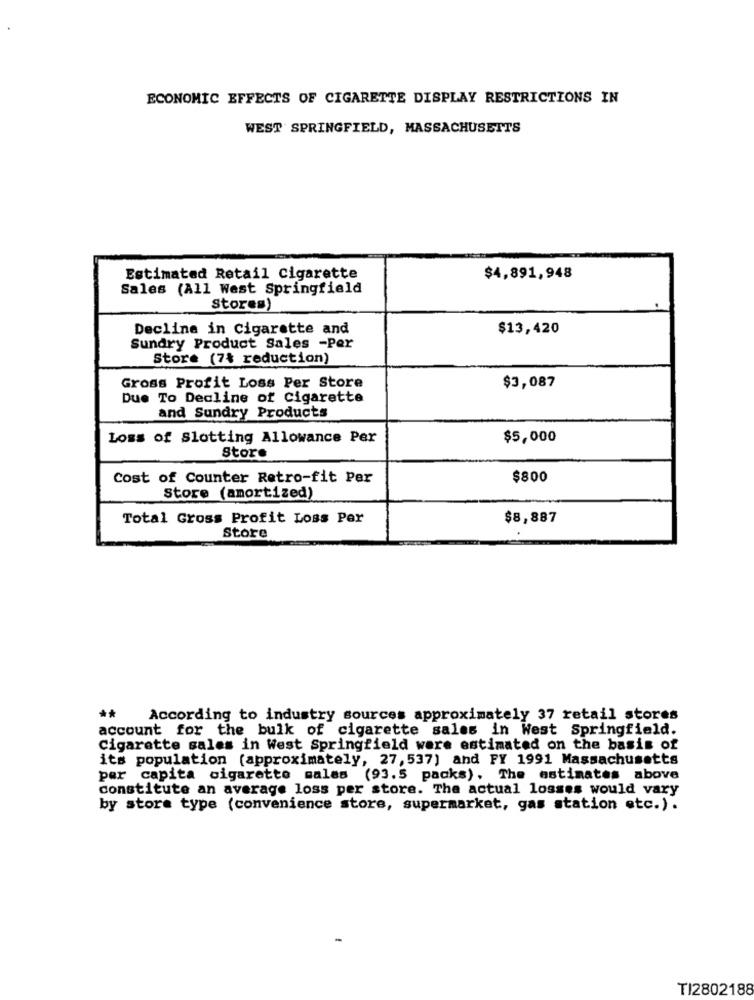
ECONOMIC EFFECTS OF CIGARETTE DISPLAY RESTRICTIONS IN
WEST SPRINGFIELD, MASSACHUSETTS
Estimated Retail Cigarette
$4,891,948
Sales (All West Springfield
Stores)
Decline in Cigarette and
$13,420
Sundry Product Sales -Per
Store (7% reduction)
Gross Profit Loss Per Store
$3,087
Due To Decline of Cigarette
and Sundry Products
Loss of Slotting Allowance Per
$5,000
Store
Cost of Counter Retro-fit Per
$800
Store (amortized)
Total Gross Profit Loss Per
$8,887
Store
**
According to industry sources approximately 37 retail stores
account for the bulk of cigarette sales in West Springfield.
Cigarette sales in West Springfield were estimated on the basis of
its population (approximately, 27,537) and FY 1991 Massachusetts
per capita cigarette sales (93.5 packs), The estimates above
constitute an average loss per store. The actual losses would vary
by store type (convenience store, supermarket, gas station etc.).
TI2802188